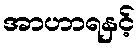
အာဟာရနှင့်